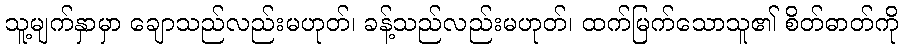
သူ့မျက်နှာမှာ ချောသည်လည်းမဟုတ်၊ ခန့်သည်လည်းမဟုတ်၊ ထက်မြက်သောသူ၏ စိတ်ဓာတ်ကို